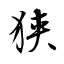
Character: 狭